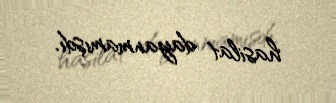
hasilat dayanmamışdı.